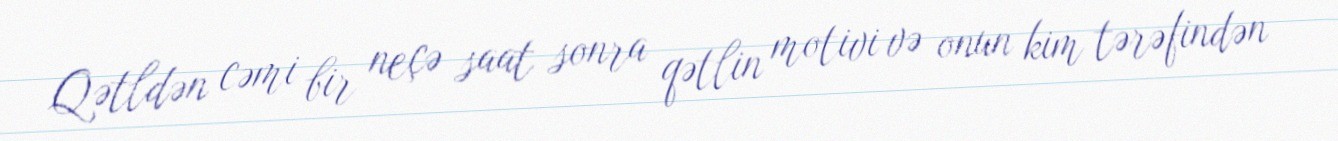
Qətldən cəmi bir neçə saat sonra qətlin motivi və onun kim tərəfindən